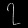
Digit: ၇